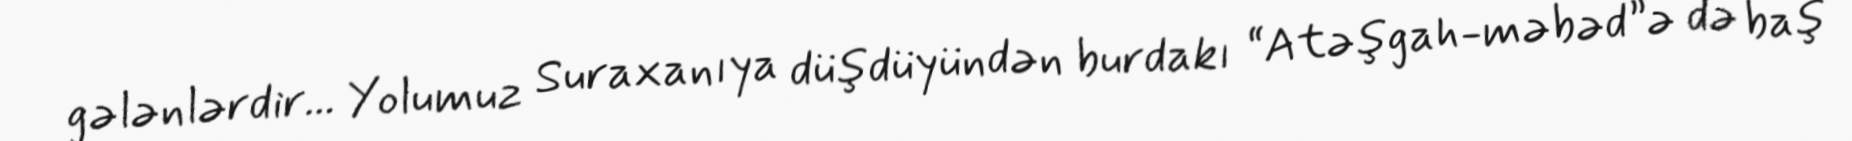
gələnlərdir... Yolumuz Suraxanıya düşdüyündən burdakı “Atəşgah-məbəd”ə də baş